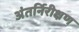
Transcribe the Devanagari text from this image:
अंतर्निरीक्षण